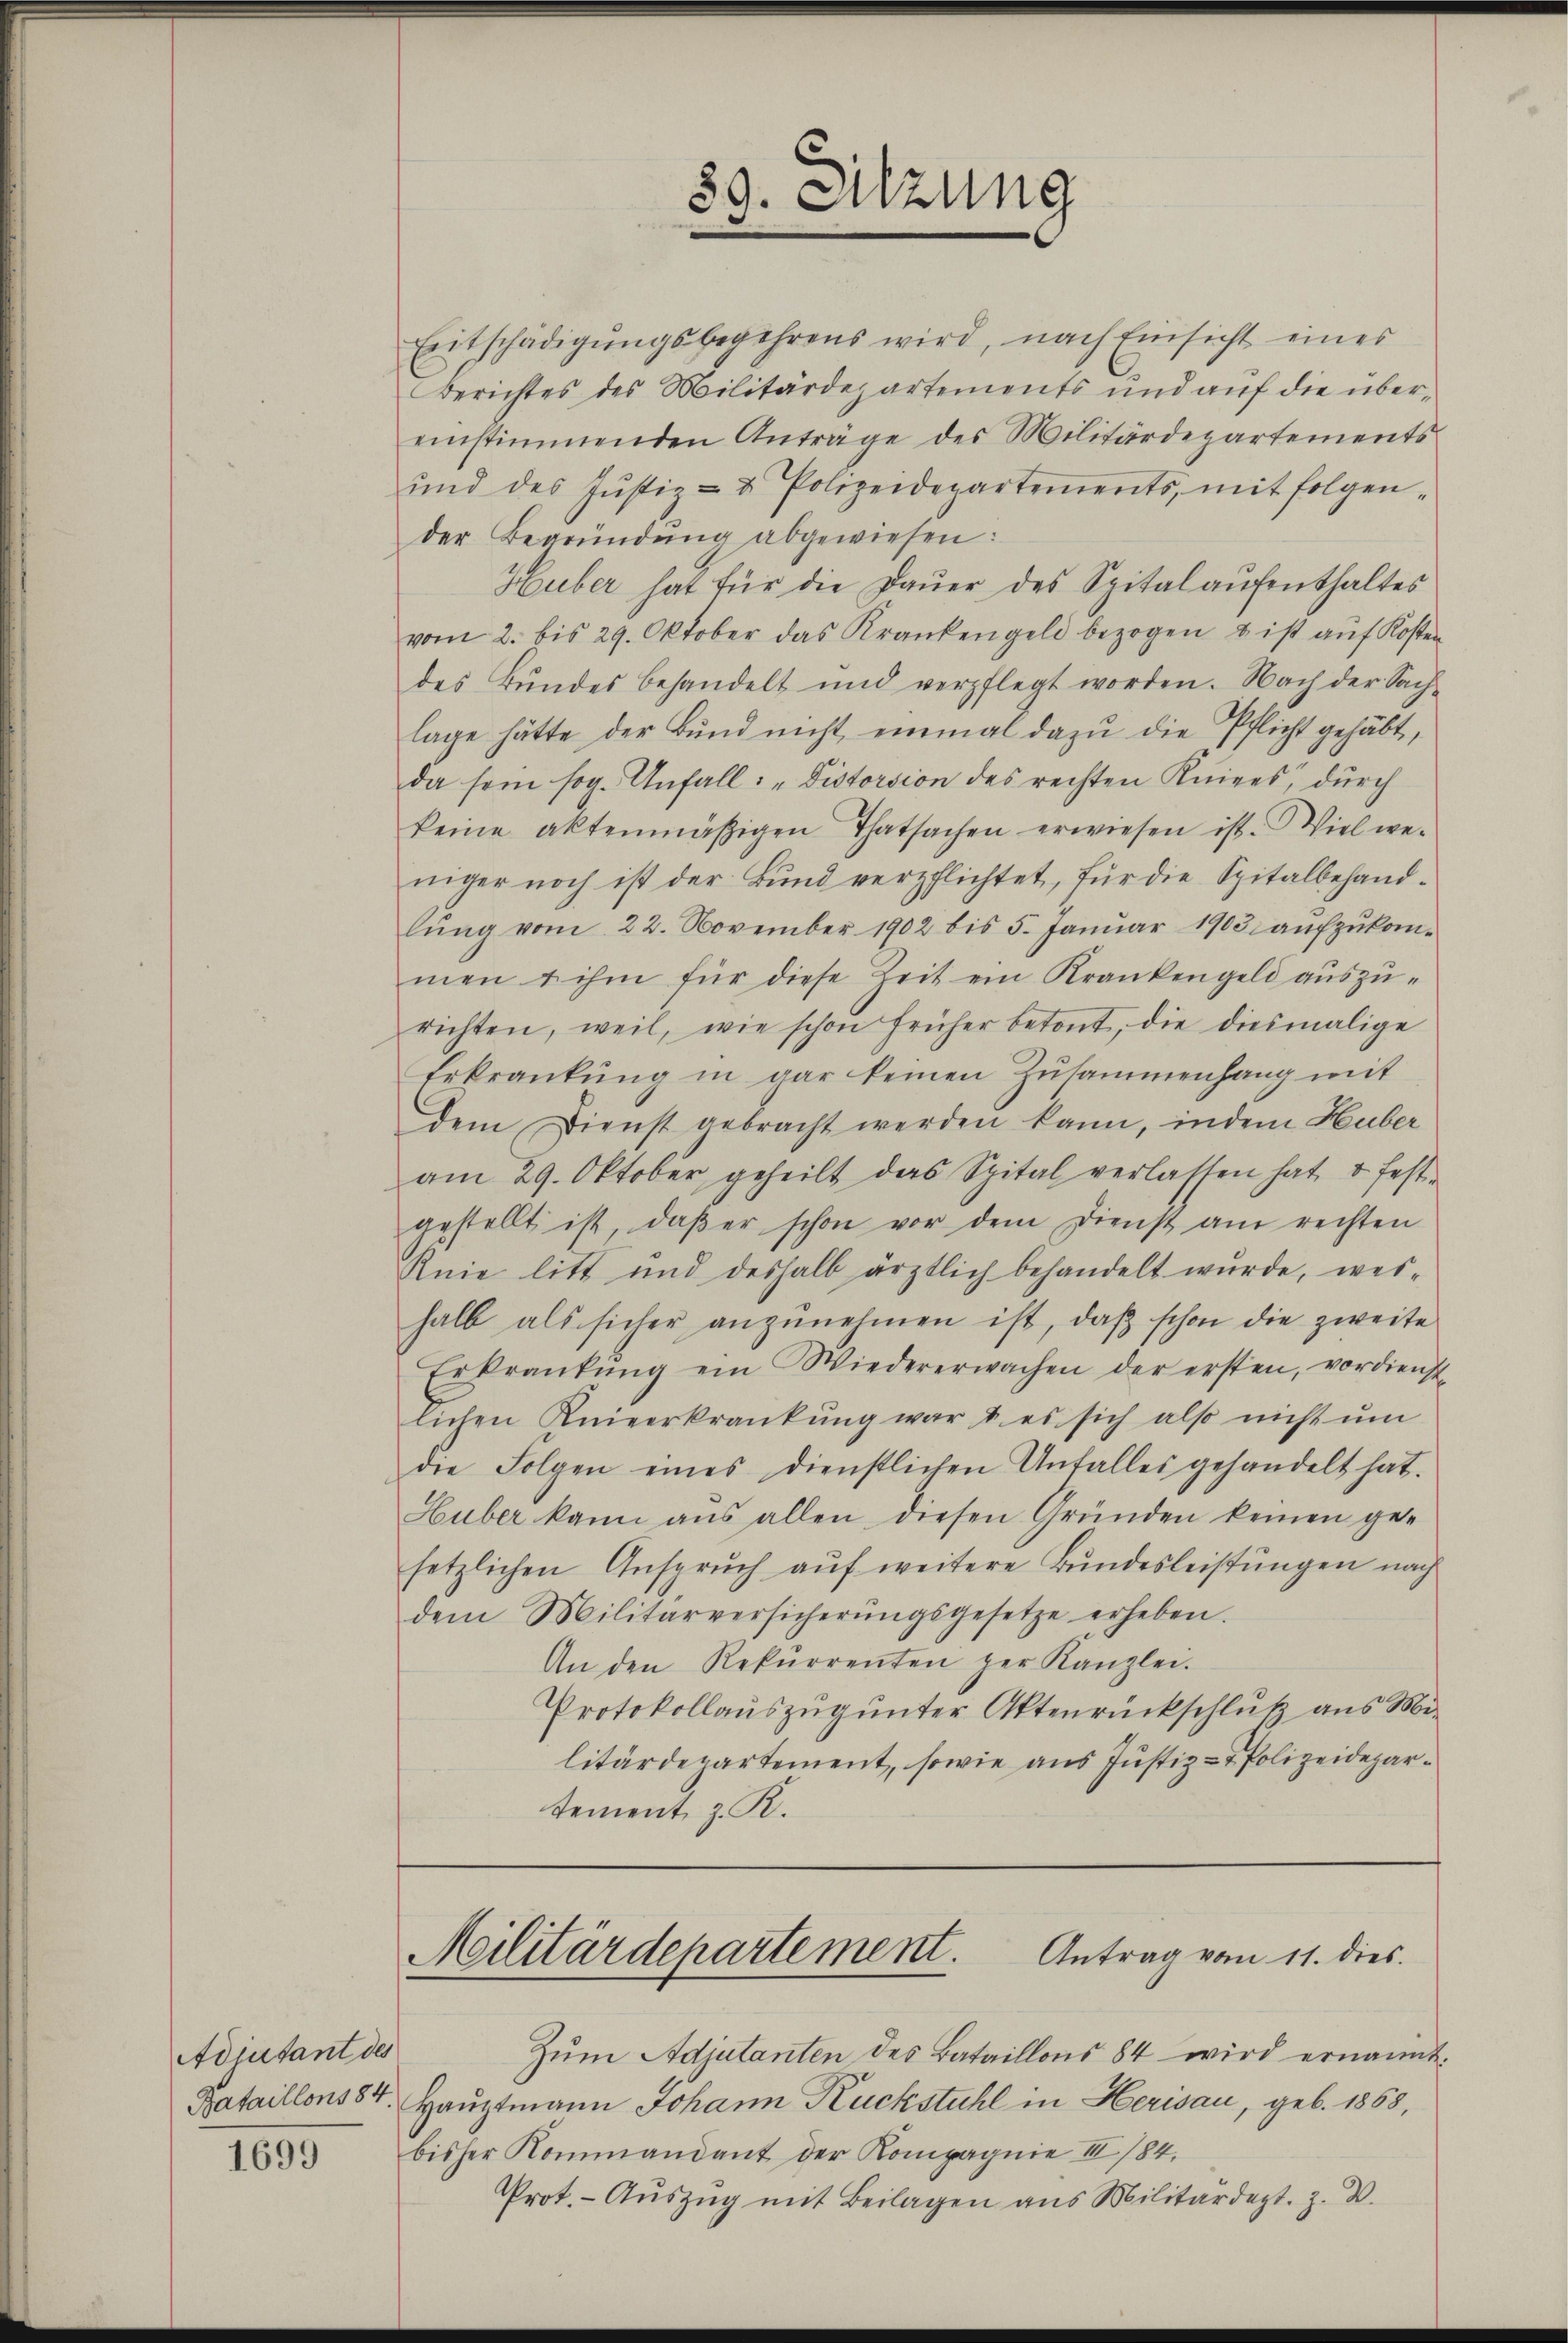
Adiutant des

1699

89. Sitzung
.

Entschädigŭngsbegehrens wird, nach Einsicht eines
Berichtes des Militärdepartements und auf die übereinstimmenden Anträge des Militärdepartements
und des Jŭstiz- & Polizeidepartements, mit folgen-
der Begründung abgewiesen:
Huber hat für die Dauer des Spitalaufenthaltes
vom 2. bis 29. Oktober das Krankengeld bezogen u ist aŭf Kosten
des Bŭndes behandelt und verpflegt worden. Nach der Sach-
lage hätte der Bund nicht einmal dazu die Pflicht gehabt,
da sein sog. Unfall: „Distorsion des rechten Kniees, durch
keine aktenmäßigen Thatsachen erwiesen ist. Viel we-
niger noch ist der Bund verpflichtet, für die Spitalbehandlŭng vom 22. November 1902 bis 5. Januar 1903 aufzukommen & ihm für diese Zeit ein Krankengeld auszurichten, weil, wie schon früher betont, die diesmalige
Erkrankung in dar keinen Zusammenhang mit
dem Dienst gebracht werden kann, indem Huber
am 29. Oktober geheilt das Spital verlassen hat, & fest-
gestellt ist, daβ er schon vor dem Dienst am rechten
Knie litt und deshalb ärztlich behandelt wurde, wes-
halb als sicher anzŭnehmen ist, daß schon die zweite
Erkrankŭng ein Wiedererwachen der ersten, vordienst
lichen Knieerkrankŭng war u. es sich also nicht ŭm
die Folgen eines dienstlichen Unfalles gehandelt hat.
Huber kann aus allen diesen Gründen keinen gee
setzlichen Ansprŭch aŭf weitere Bŭndesleistŭngen nach
dem Militärversicherŭngsgesetze erheben.
An den Rekŭrrenten der Kanzlei.
Protokollauszug unter Aktenrückschluß aus Mi
litärdepartement, sowie aus Justiz- & Polizeidepartement, z. R.

Militärdepartement. Antrag vom 11. dies

Zŭm Adjutanten des Bataillons 84 wird ernannt.
Bataillons 84. Hauptmann Johann Ruckstuhl in Herisau, geb. 1868,
bisher Kommandant der Kompagnie III 184.
Prot. Aŭszŭg mit Beilagen ans Militärdept. Z. W.